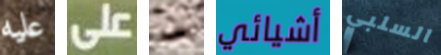
عليه على كل أشيائي السلبي